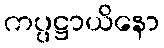
ကပ္ပဋ္ဌာယိနော